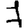
Digit: 7